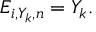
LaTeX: E _ { i , Y _ { k } , n } = Y _ { k } .